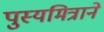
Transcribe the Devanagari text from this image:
पुस्यमित्राने